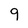
Character: 9